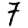
Digit: 7